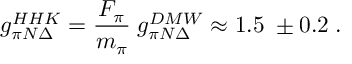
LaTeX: g _ { \pi N \Delta } ^ { H H K } = \frac { F _ { \pi } } { m _ { \pi } } \; g _ { \pi N \Delta } ^ { D M W } \approx 1 . 5 \; \pm 0 . 2 \; .